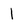
Character: 1